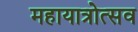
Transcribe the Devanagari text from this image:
महायात्रोत्सव